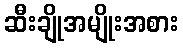
ဆီးချိုအမျိုးအစား